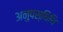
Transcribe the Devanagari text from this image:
अनुपस्थिथि